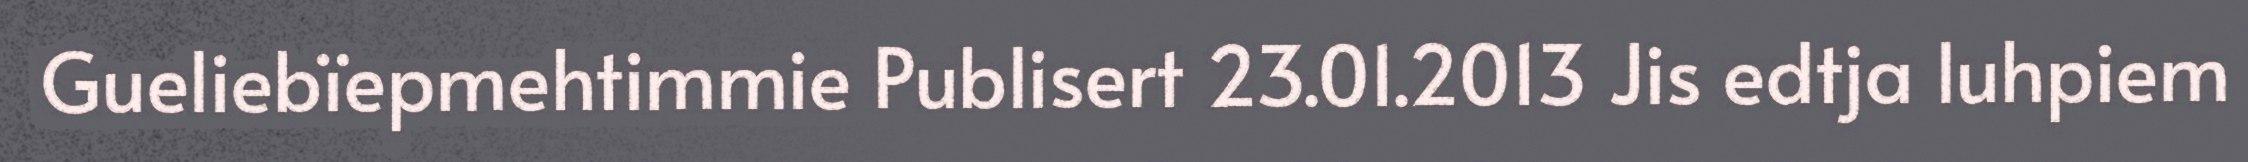
Gueliebïepmehtimmie Publisert 23.01.2013 Jis edtja luhpiem